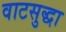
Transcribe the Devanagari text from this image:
वाटसुद्धा